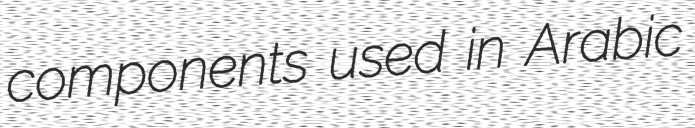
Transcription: components used in Arabic